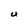
Character: U